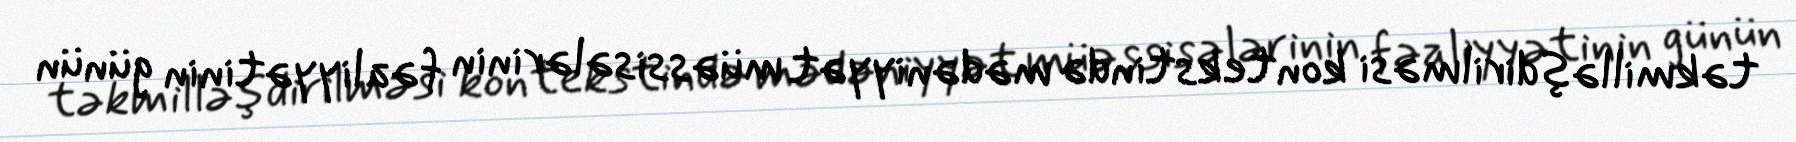
təkmilləşdirilməsi kontekstində mədəniyyət müəssisələrinin fəaliyyətinin günün